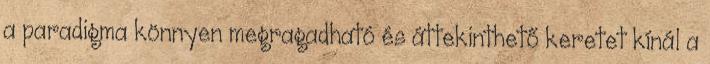
a paradigma könnyen megragadható és áttekinthető keretet kínál a